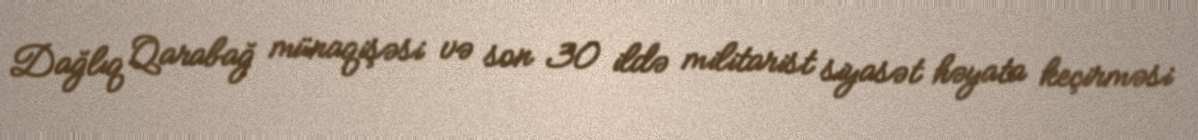
Dağlıq Qarabağ münaqişəsi və son 30 ildə militarist siyasət həyata keçirməsi